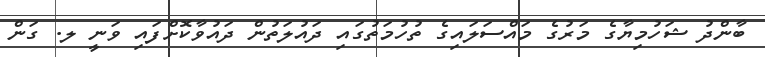
ބާންދު ޝަހުމިޔާގެ މަރުގެ މައްސަލައިގެ ތުހުމަތުގައި ދައުލަތުން ދައުވާކޮށްފައި ވަނީ ލ. ގަން